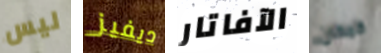
ليس ديفيز الآفاتار كمكان